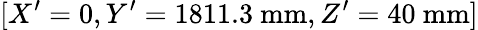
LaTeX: [X^{\prime}=0,Y^{\prime}=1811.3~\textrm{mm},Z^{\prime}=40~\textrm{mm}]